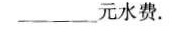
元水费.